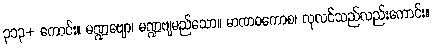
၃၁၃+ ကောင်း။ မဏ္ဍဗျော၊ မဏ္ဍဗျမည်သော။ မာဏဝကောစ၊ လုလင်သည်လည်းကောင်း။